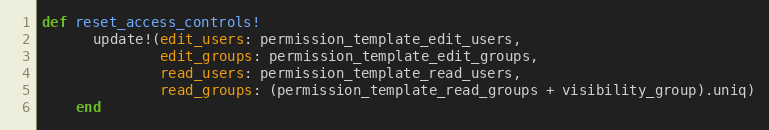
Language: Ruby
def reset_access_controls!
      update!(edit_users: permission_template_edit_users,
              edit_groups: permission_template_edit_groups,
              read_users: permission_template_read_users,
              read_groups: (permission_template_read_groups + visibility_group).uniq)
    end